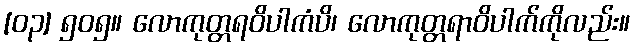
[၀၃] ၅၀၅။ လောကုတ္တရဝိပါကံပိ၊ လောကုတ္တရာဝိပါက်ကိုလည်း။